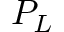
{ \cal P } _ { L }